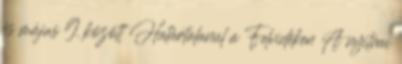
és május 9. között Határtalanul a Felvidéken A nyitrai